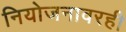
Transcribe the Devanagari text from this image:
नियोजनावरही